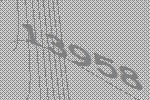
13958